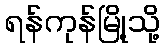
ရန်ကုန်မြို့သို့